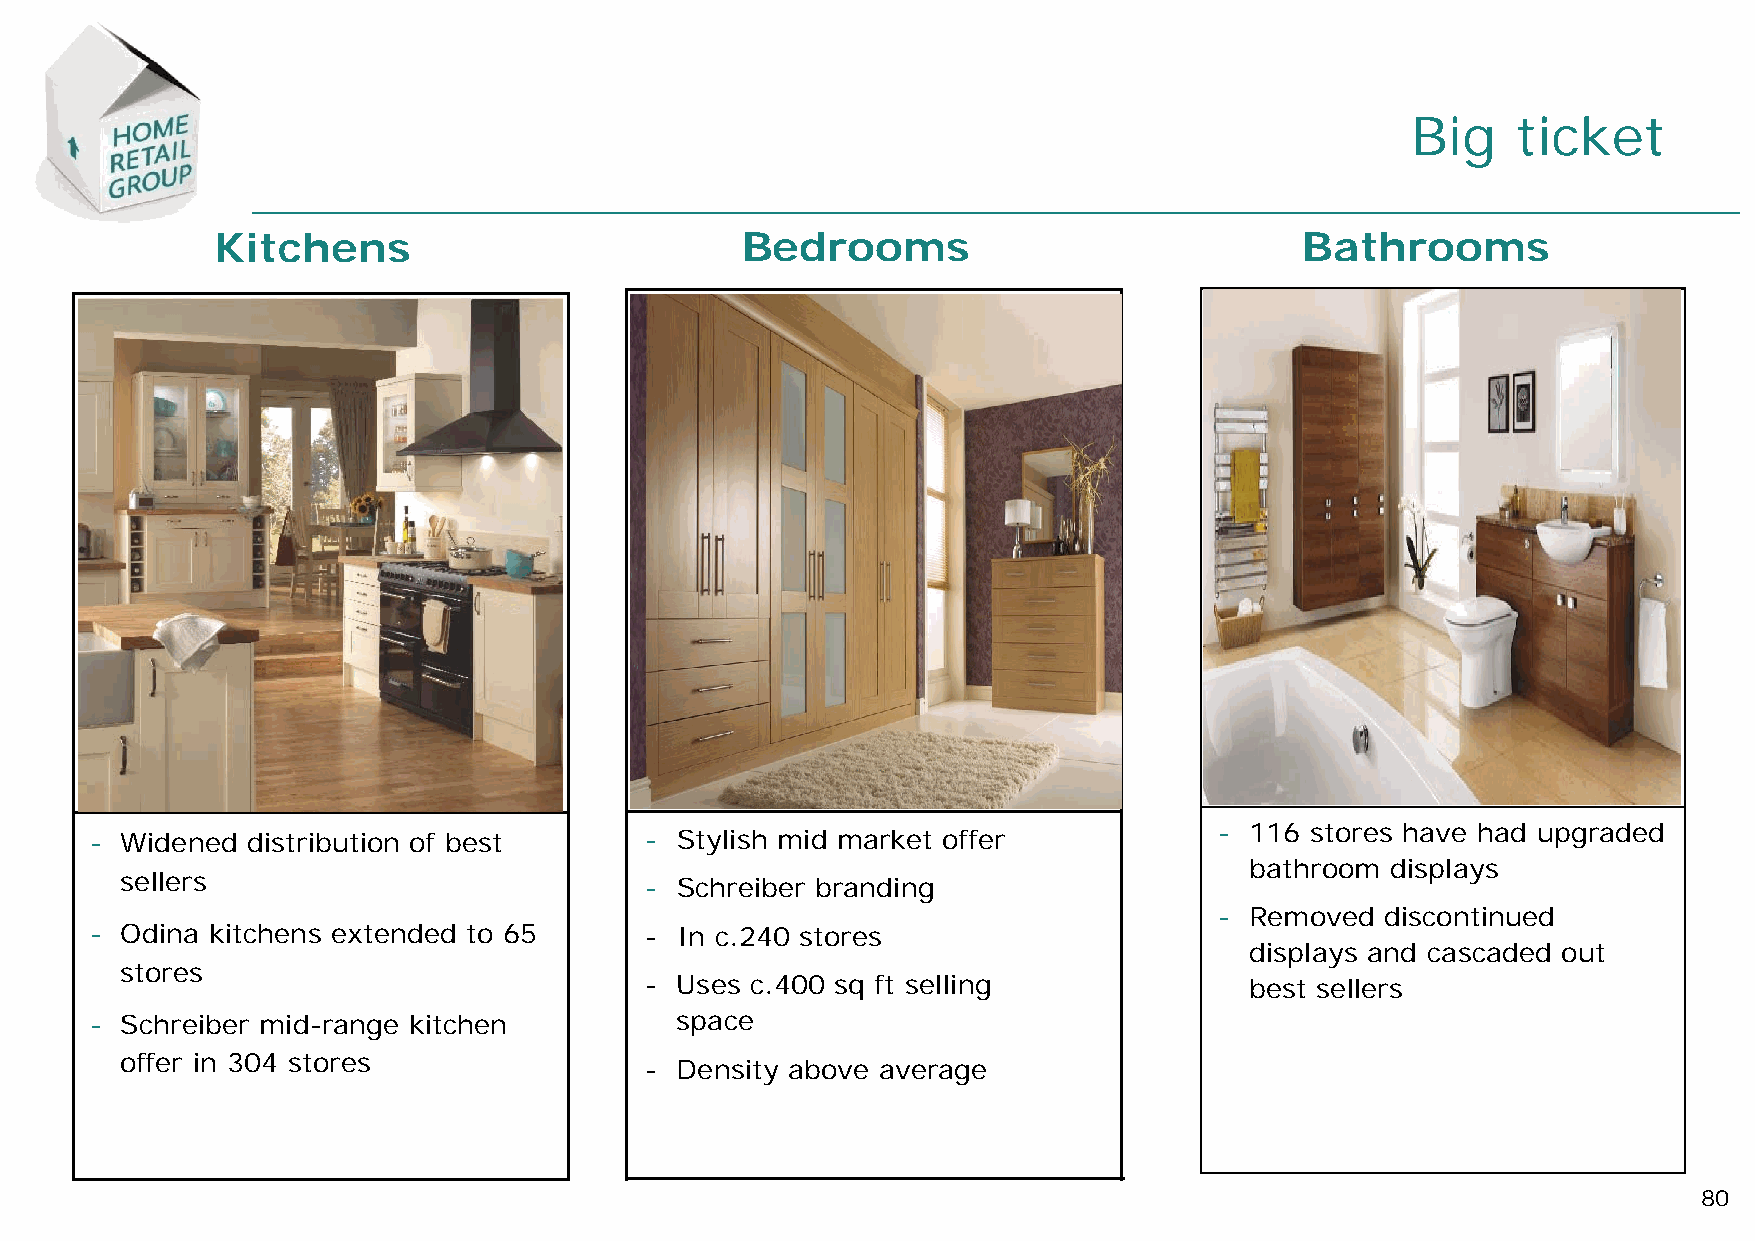
Big    ticket
 Kitchens                           Bedrooms                             Bathrooms
 - 116 stores have had upgraded
 - Widened distribution of best       - Stylish mid market offer
 bathroom displays
 sellers                            - Schreiber branding
 - Removed  discontinued
 - Odina kitchens extended to 65      - In c.240 stores
 displays and cascaded out
 stores
 - Uses c.400 sq ft selling              best sellers
 - Schreiber mid-range kitchen          space
 offer in 304 stores
 - Density above average
 80